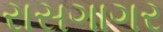
રાસગાગર